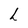
Character: h